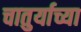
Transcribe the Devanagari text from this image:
चातुर्याच्या